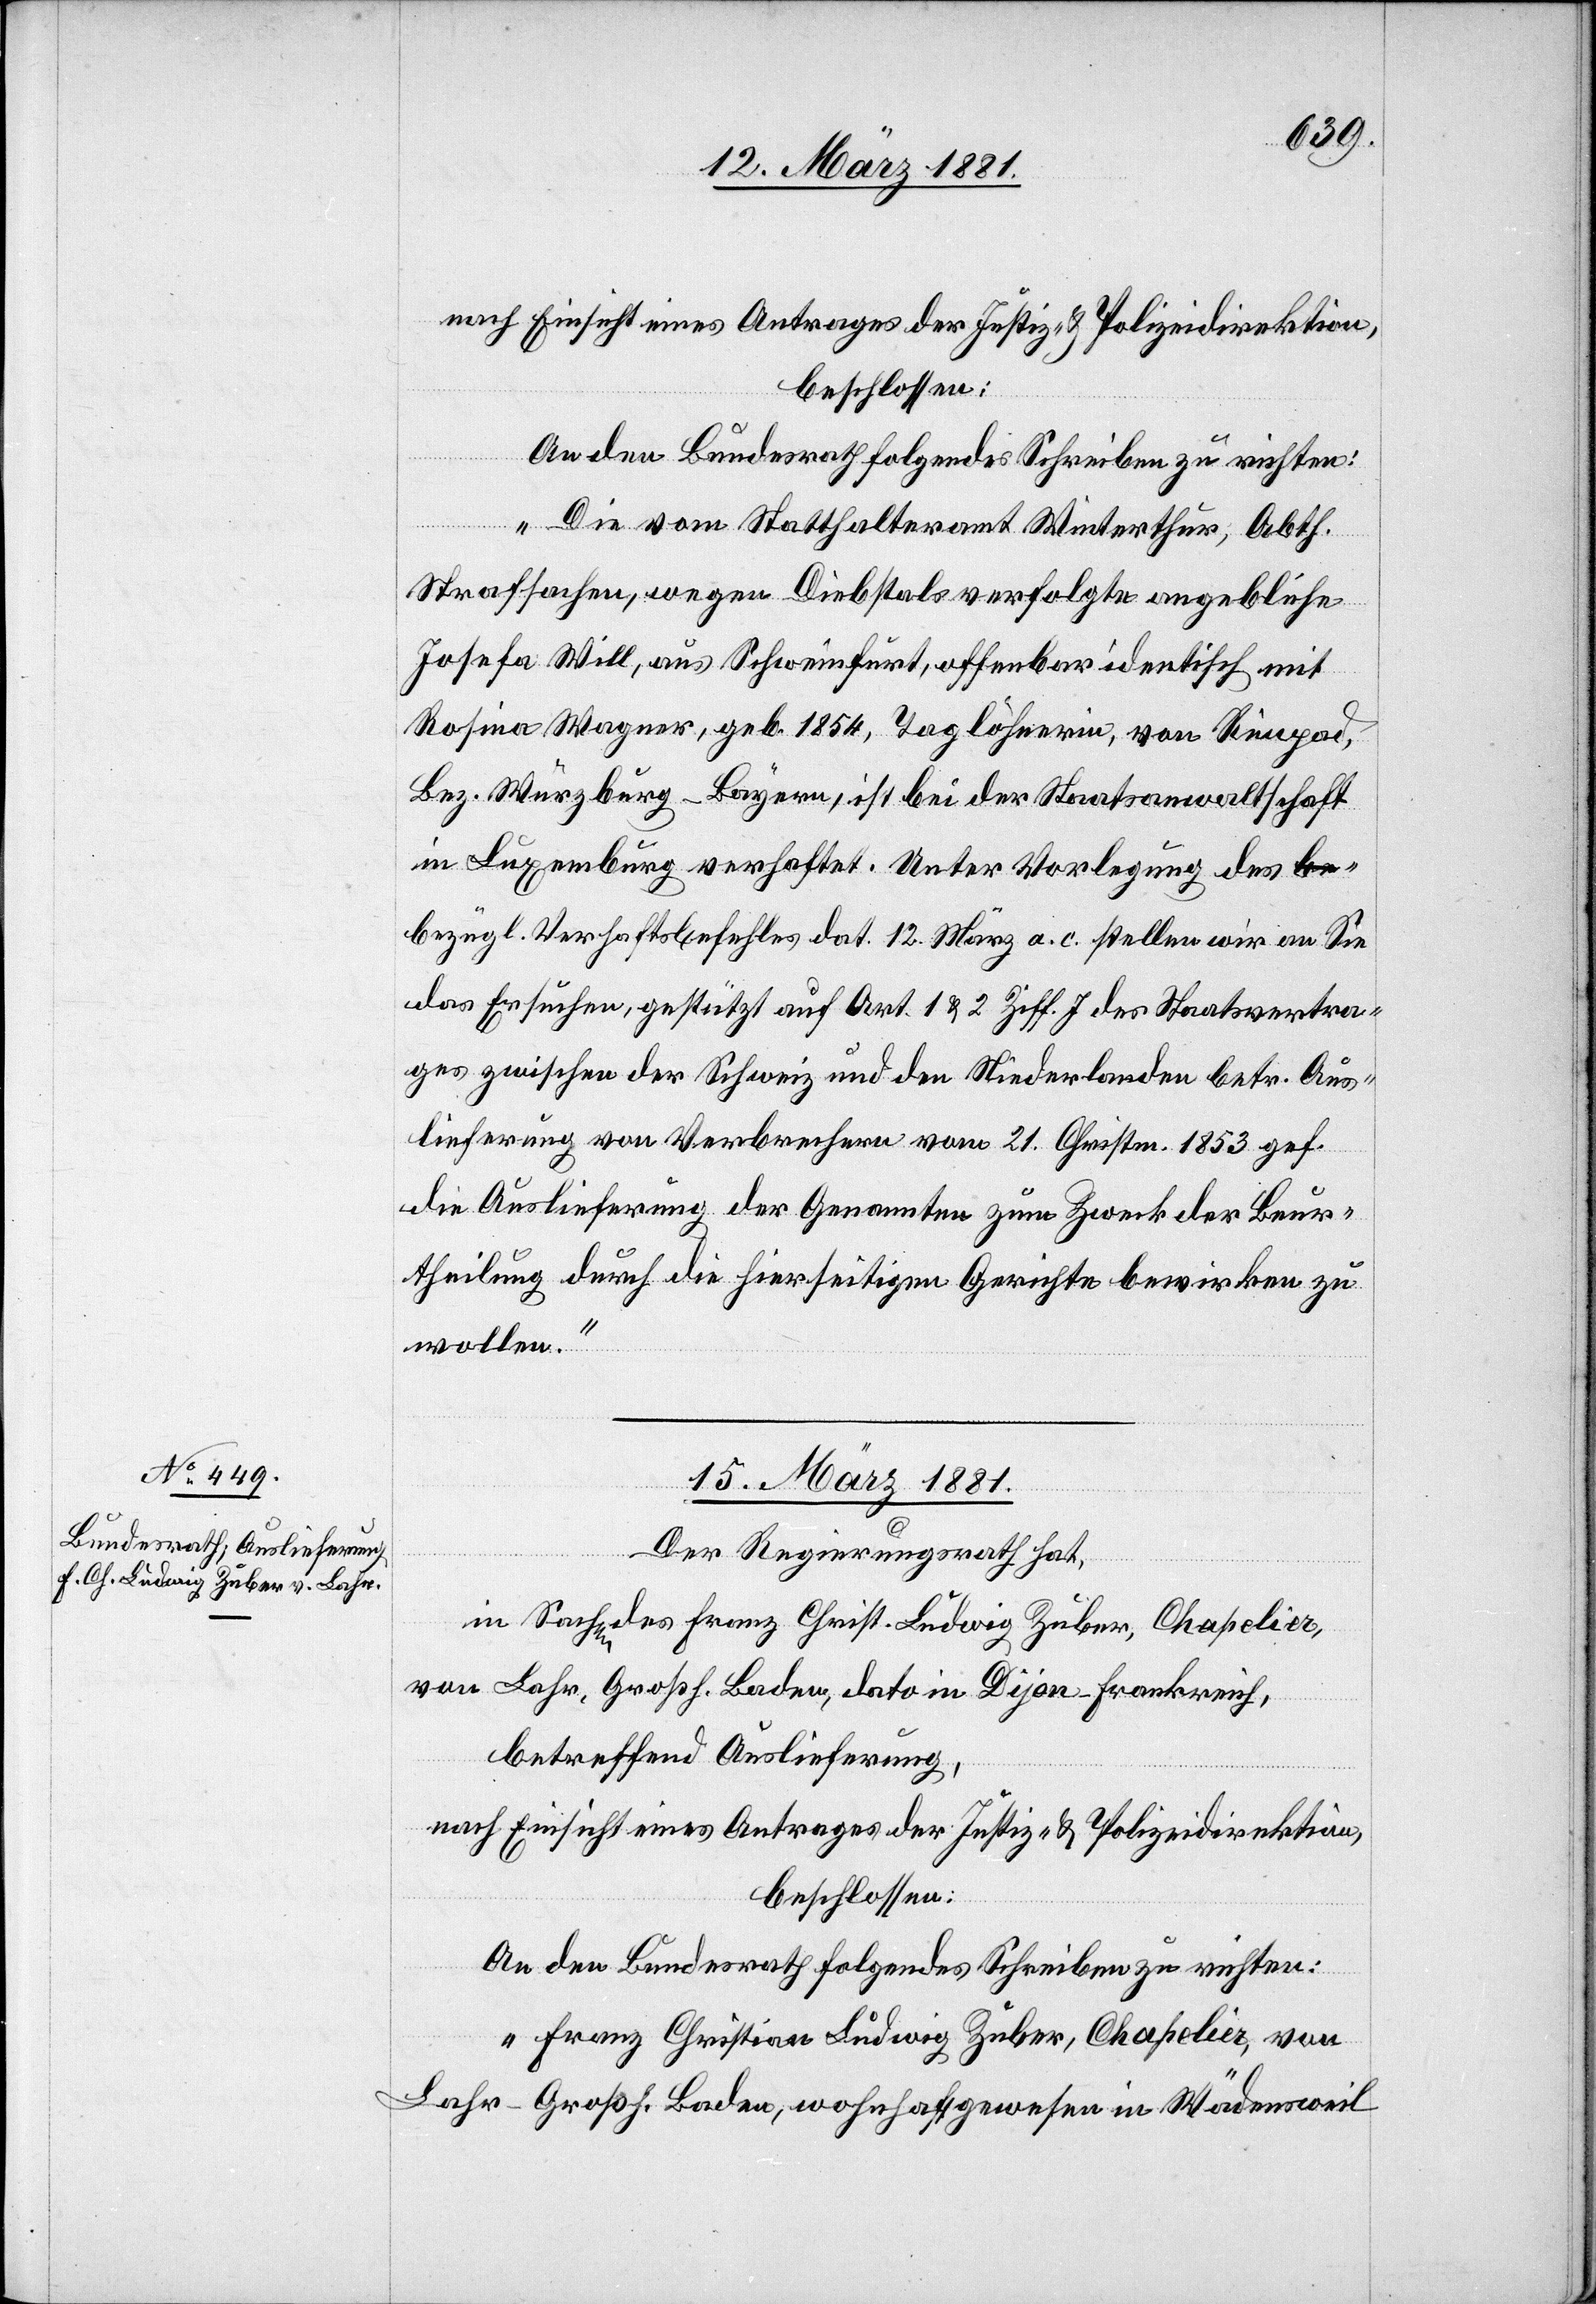
nach Einsicht eines Antrages der Justiz- & Polizeidirektion,
beschlossen:
An den Bundesrath folgendes Schreiben zu richten:
„Die vom Statthalteramt Winterthur, Abth.
Strafsachen, wegen Diebstals verfolgte angebliche
Josefa Will, aus Schweinfurt, offenbar identisch mit
Rosina Wagner, geb. 1854, Taglöhnerin, von Rimpad,
Bez. Würzburg - Bayern, ist bei der Staatsanwaltschaft
in Luxemburg verhaftet. Unter Vorlegung des b¬
ezügl. Verhaftsbefehles dat. 12. März a. c. stellen wir an Sie
das Ersuchen, gestützt auf Art. 1 & 2 Ziff.J. des Staatsvertra¬
ges zwischen der Schweiz und den Niederlanden betr. Aus¬
lieferung von Verbrechern vom 21. Christm. 1853 gef.
die Auslieferung der Genannten zum Zweck der Beur¬
theilung durch die hierseitigen Gerichte bewirken zu
wollen.“
15. März 1881.
Der Regierungsrath hat,
in Sachen des Franz Christ. Ludwig Zuber, Chapolia,
von Lahr, Großh. Baden. dato in Dijon - Frankreich,
betreffend Auslieferung,
nach Einsicht eines Antrages der Justiz- & Polizeidirektion,
beschlossen:
An den Bundesrath folgendes Schreiben zu richten:
„Franz Christian Ludwig Zuber, Chapolia, von
Lahr - Großh. Baden, wohnhaft gewesen in Wädensweil